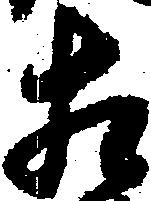
相